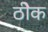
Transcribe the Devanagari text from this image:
ठीेक